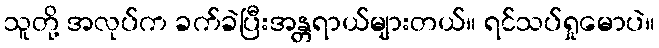
သူတို့ အလုပ်က ခက်ခဲပြီးအန္တရာယ်များတယ်။ ရင်သပ်ရှုမောပဲ။